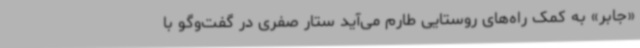
«جابر» به کمک راه‌های روستایی طارم می‌آید ستار صفری در گفت‌وگو با